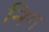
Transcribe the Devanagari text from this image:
निग